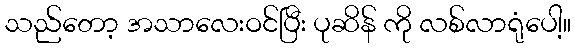
သည်တော့ အသာလေးဝင်ပြီး ပုဆိန် ကို လစ်လာရုံပေါ့။